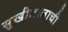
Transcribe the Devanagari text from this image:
सुखीलालाची